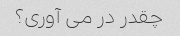
چقدر در می آوری؟